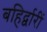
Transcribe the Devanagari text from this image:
बहिर्द्वारीं